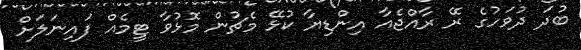
ބުދަ ދުވަހުގެ ރޭ ރާއްޖެއާ އިންޑިޔާ ކުޅޭ މެޗުން މޮޅުވާ ޓީމެއް ފައިނަލަށް